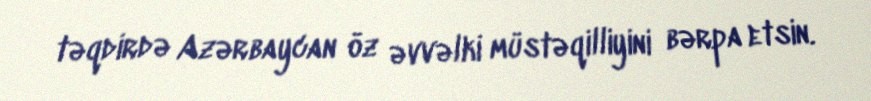
təqdirdə Azərbaycan öz əvvəlki müstəqilliyini bərpa etsin.